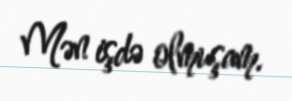
Mən işdə olmuşam.